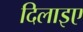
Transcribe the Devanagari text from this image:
दिलाइए